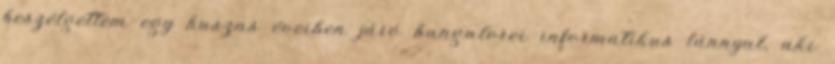
beszélgettem egy huszas éveiben járó bangalorei informatikus lánnyal, aki